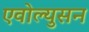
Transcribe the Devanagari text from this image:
एवोल्युसन